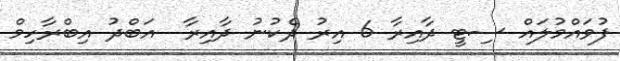
ފުވައްމުލައް ސިޓީ ދާއިރާ 6 އިރު ދެކުނު ދާއިރާ  އަބްދު އިބްރާހިމް